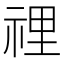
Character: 𥚃